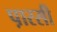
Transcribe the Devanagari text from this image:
प़ारसी